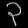
Digit: ၃